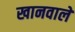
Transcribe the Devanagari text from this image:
खानवाले